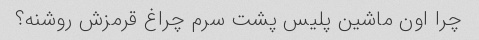
چرا اون ماشین پلیس پشت سرم چراغ قرمزش روشنه؟